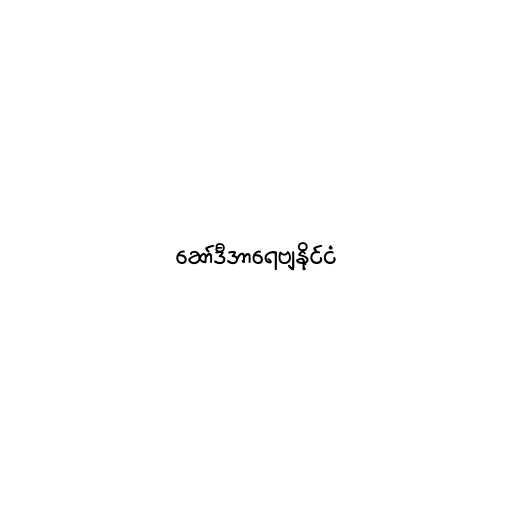
ဆော်ဒီအာရေဗျနိုင်ငံ